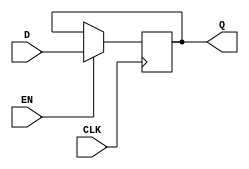
module transparent_latch_DFF (
    input D, // Data Input
    input CLK, // Clock Input
    input EN, // Enable Input
    output reg Q // Data Output
);

always @(posedge CLK) begin
    if (EN) begin
        Q <= D;
    end
end

endmodule